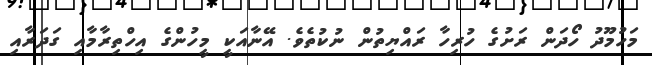
މަހުމޫދު ހޯދަން ރަށުގެ ހުރިހާ ރައްޔިތުން ނުކުތެވެ. އޭނާއަކީ މީހުންގެ އިހްތިރާމާއި ގަދަރާއި